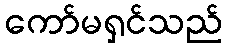
ကော်မရှင်သည်